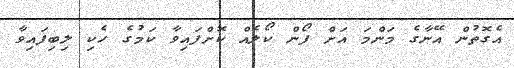
އެގޮތުން އޭނާގެ މަންމަ އަށް ފޯން ކޯލެއް ކޮށްފައިވާ ކަމުގެ ހެކި ލިބިފައިވާ